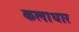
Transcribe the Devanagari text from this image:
कलाधार